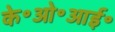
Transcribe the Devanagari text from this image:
के॰ओ॰आई॰